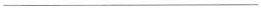
___